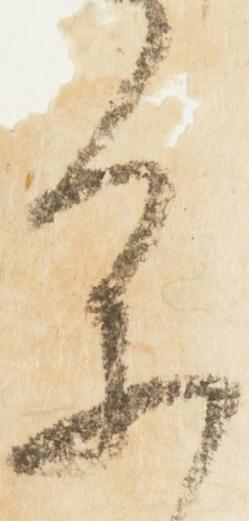
参